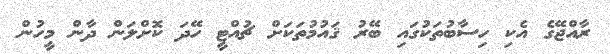
ރާއްޖޭގެ އެކި ހިސާބުތަކުގައި ބޭރު ޤައުމުތަކަށް ޗުއްޓީ ހޭދަ ކޮށްލަން ދާން މީހުން